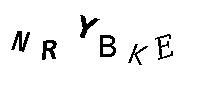
NRYBKE